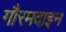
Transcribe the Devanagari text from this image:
गौरमदाइन